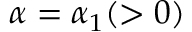
\alpha = \alpha _ { 1 } ( > 0 )